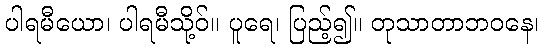
ပါရမီယော၊ ပါရမီသို့ဝ်။ ပူရေ၊ ပြည့်၍။ တုသာတာဘဝနေ၊